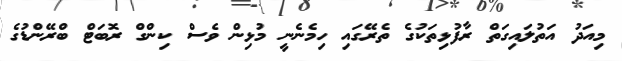
މިއަދު އަތުލައިގަތް ރާފުޅިތަކުގެ ތެރޭގައި ހިމެނެނީ މުޅިން ވެސް ކިންގް ރޮބަޓް ބްރޭންޑުގެ